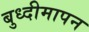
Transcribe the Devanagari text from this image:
बुध्दीमापन